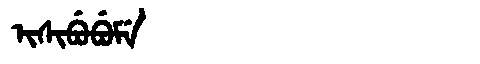
Manchu: ᡳᠰᡳᠪᡠᠪᡠᠮᡝ
Romanization: ISIBUBUME